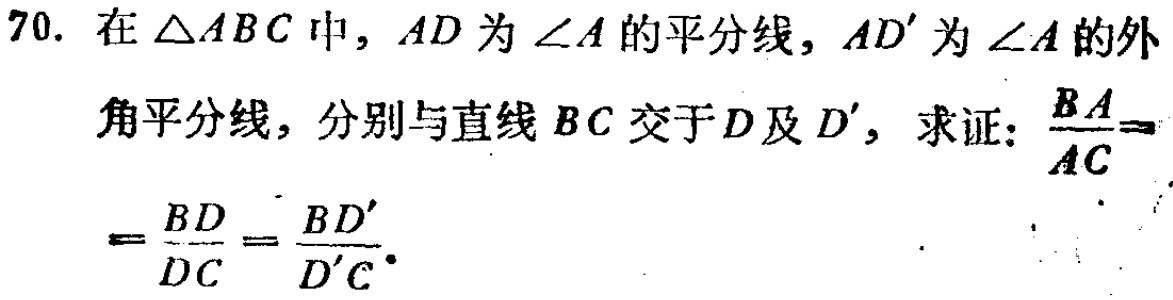
70. 在$\triangle ABC$中，$AD$为$\angle A$的平分线，$AD'$为$\angle A$的外角平分线，分别与直线$BC$交于$D$及$D'$，求证：$\frac{BA}{AC}=\frac{BD}{DC}=\frac{BD'}{D'C}$。